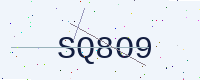
Text: SQ8O9